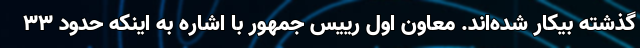
گذشته بیکار شده‌اند. معاون اول رییس جمهور با اشاره به اینکه حدود 33